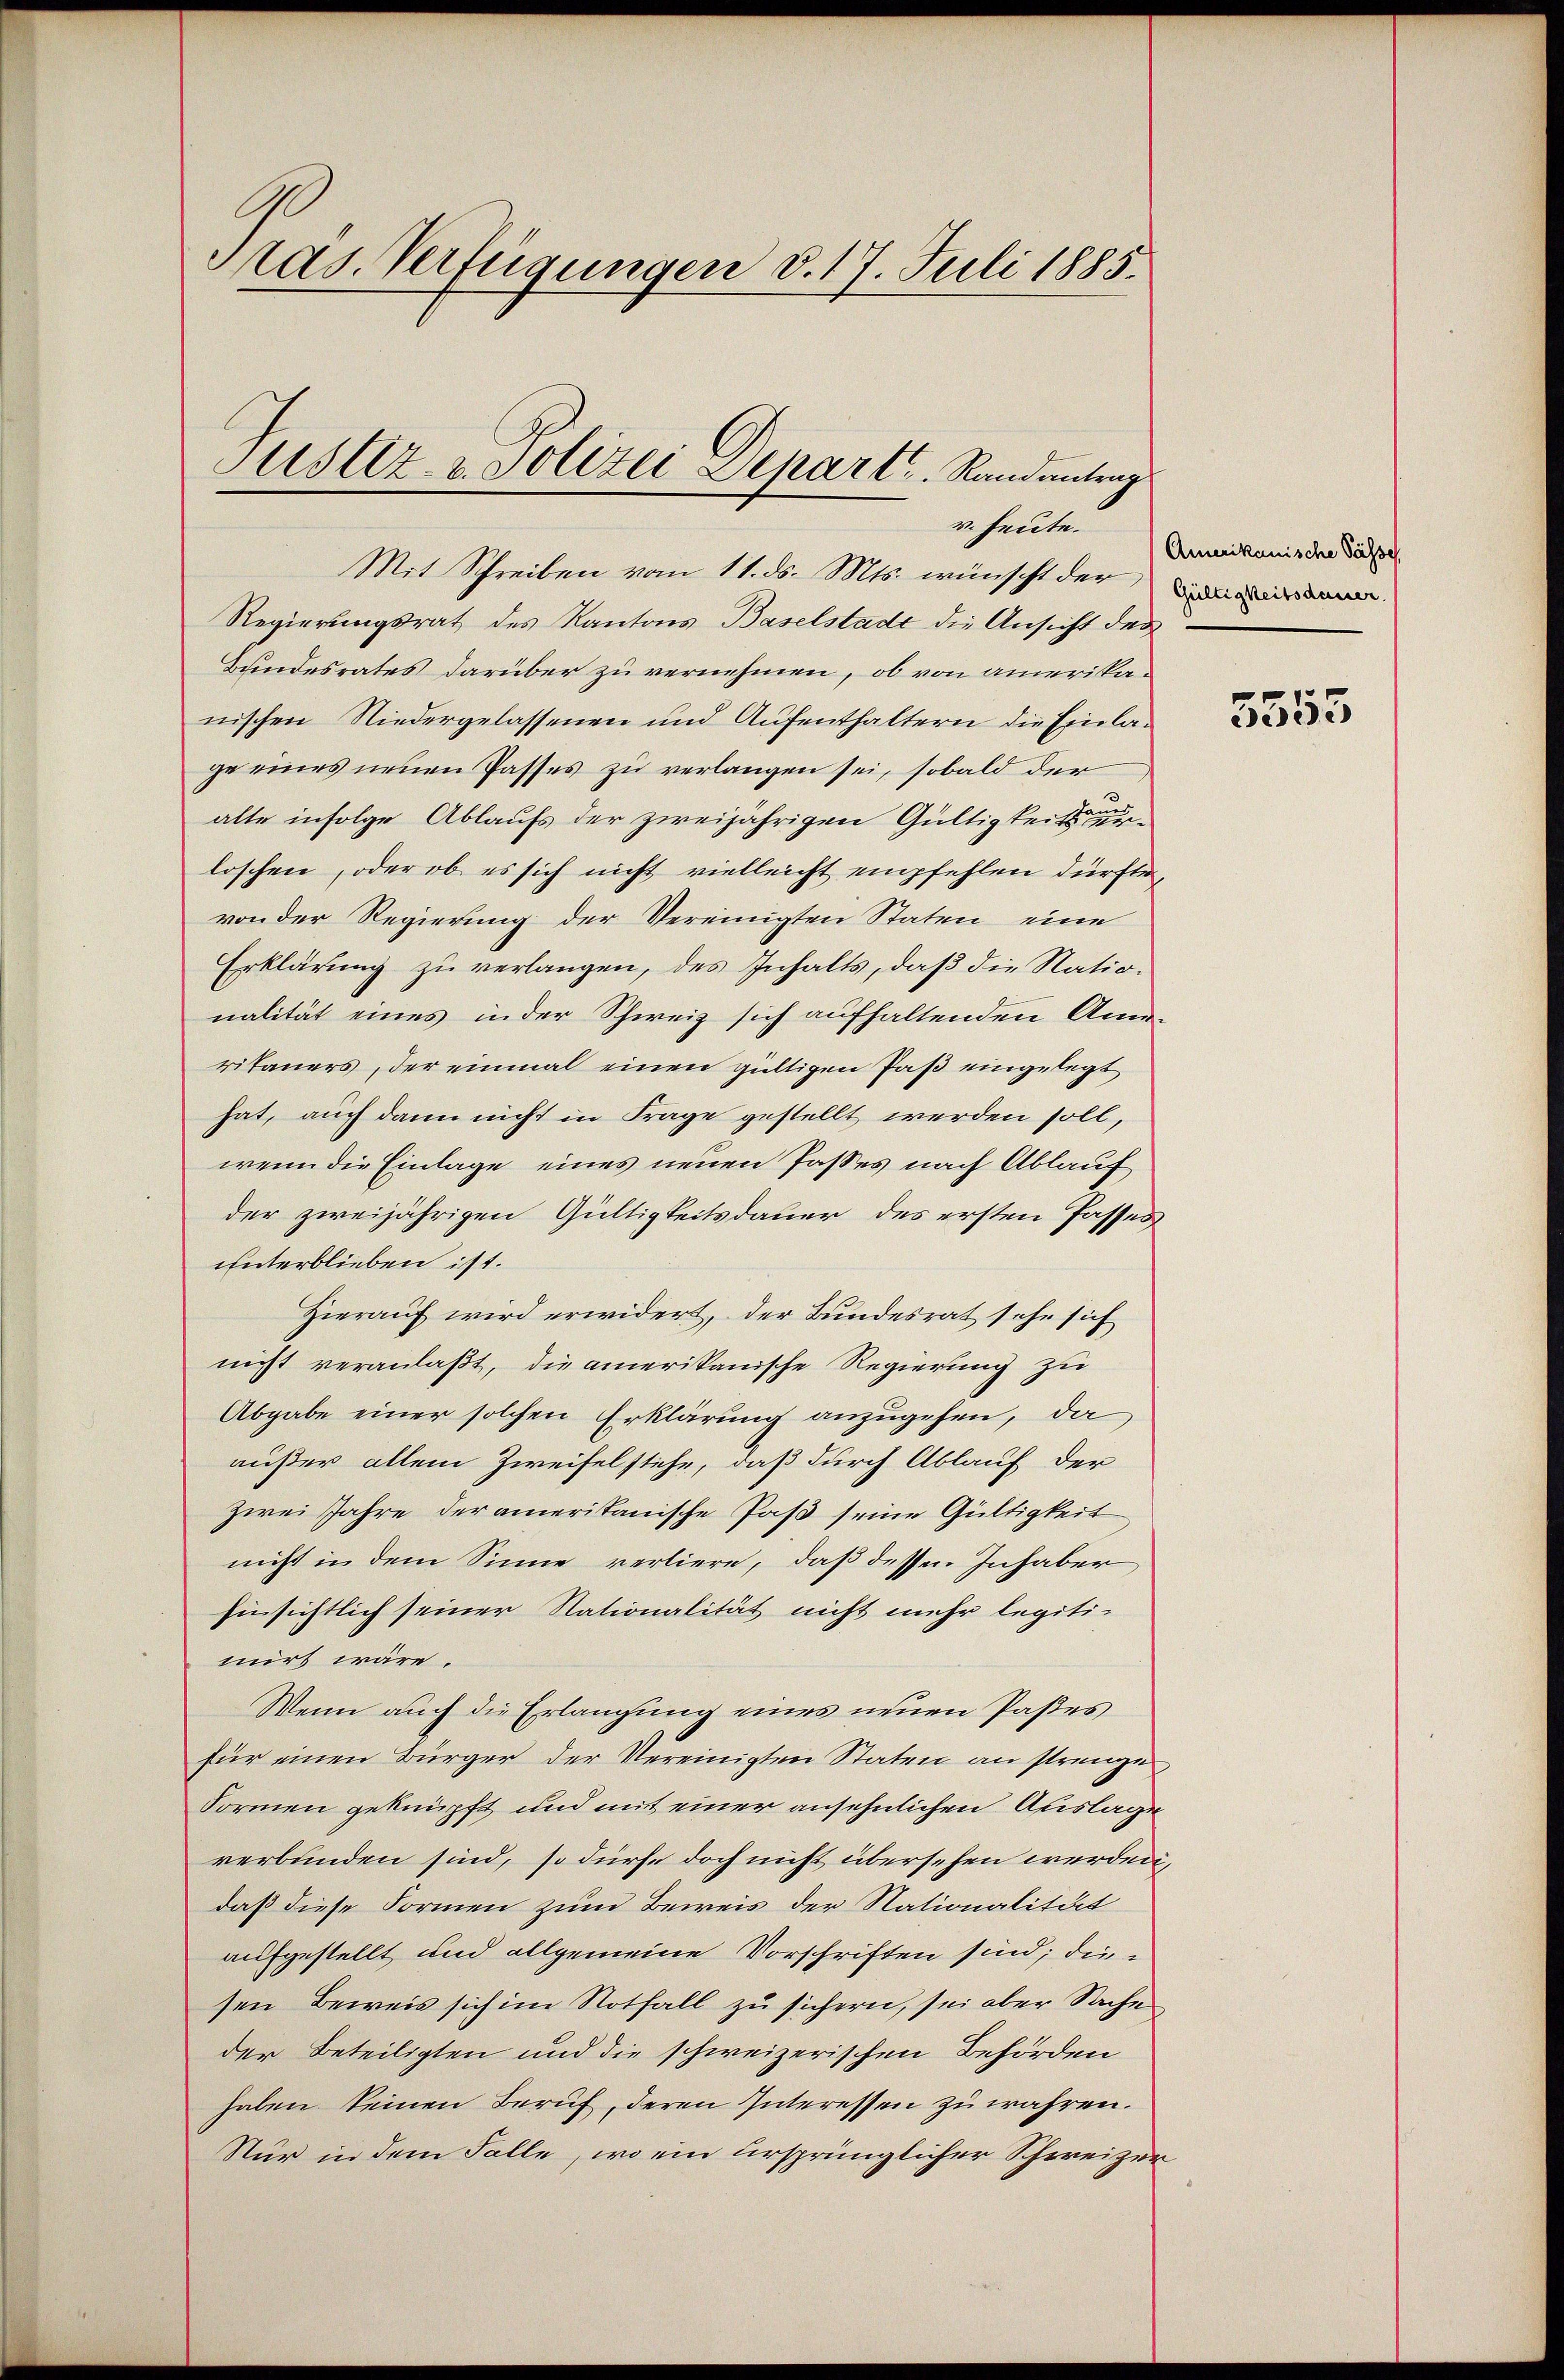
Pras. Verfügungen d. 17. Juli 1885.

Justiz- u. Polizei Depart. Randantrag
v. heute.

Mit Schreiben vom 11. ds. Mts. wünscht der
Regierungsrat des Kantons Baselstade die Ansicht des
Bundesrates darüber zu vernehmen, ob von amerikanischen Niedergelassenen und Aufenthaltern die Einlage eines neuen Passes zu verlangen sei, sobald der
alte infolge Ablaufs der zweijährigen Gültigkeitsloschen, oder ob es sich nicht vielleicht empfehlen dürfte,
von der Regierung der Vereinigten Staten eine
Erklärung zu verlangen, des Inhalts, daß die Nationalität eines in der Schweiz sich aufhaltenden Anritaners, der einmal einen gültigen Paß eingelegt
hat, auch dann nicht in Frage gestellt werden soll,
wenn die Einlage eines neuen Passes nach Ablauf
der zweijährigen Gültigkeitsdauer des ersten Passes
unterblieben ist.
Hierauf wird erwidert, der Bundesrat sehe sich
nicht veranlaßt, die amerikanische Regierung zu
Abgabe einer solchen Erklärung anzugehen, da
außer allem Zweifelstehe, daß durch Ablauf der
zwei Jahre der ameritanische Paß seine Gültigkeit
nicht in dem Sinne verliere, daß dessen Inhaber
hinsichtlich seiner Nationalität nicht mehr legitimirt wäre.
Wenn auch die Erlangung eines neuen Pastes
für einen Bürger der Vereinigten Staten an strenge
Formen geknüpft und mit einer ansehnlichen Auslage
verbunden sind, so dürfe doch nicht übersehen werden,
daß diese Formen zum Beweis der Nationalität
aufgestellt und allgemeine Vorschriften sind; diesen Beweis sich im Notfall zu sichern, sei aber Sache
der Beteiligten und die schweizerischen Behörden
haben keinen Beruf, deren Interessen zu wahren.
Nur in dem Falle, wo ein ursprünglicher Schweizer

Amerikanische Pässe
Gültigkeitsdauer

5553